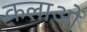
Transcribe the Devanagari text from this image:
कलाओें